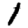
Digit: 1